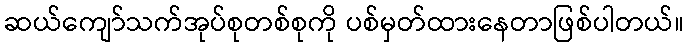
ဆယ်ကျော်သက်အုပ်စုတစ်စုကို ပစ်မှတ်ထားနေတာဖြစ်ပါတယ်။